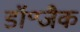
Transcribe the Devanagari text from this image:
डॉ॰जैक